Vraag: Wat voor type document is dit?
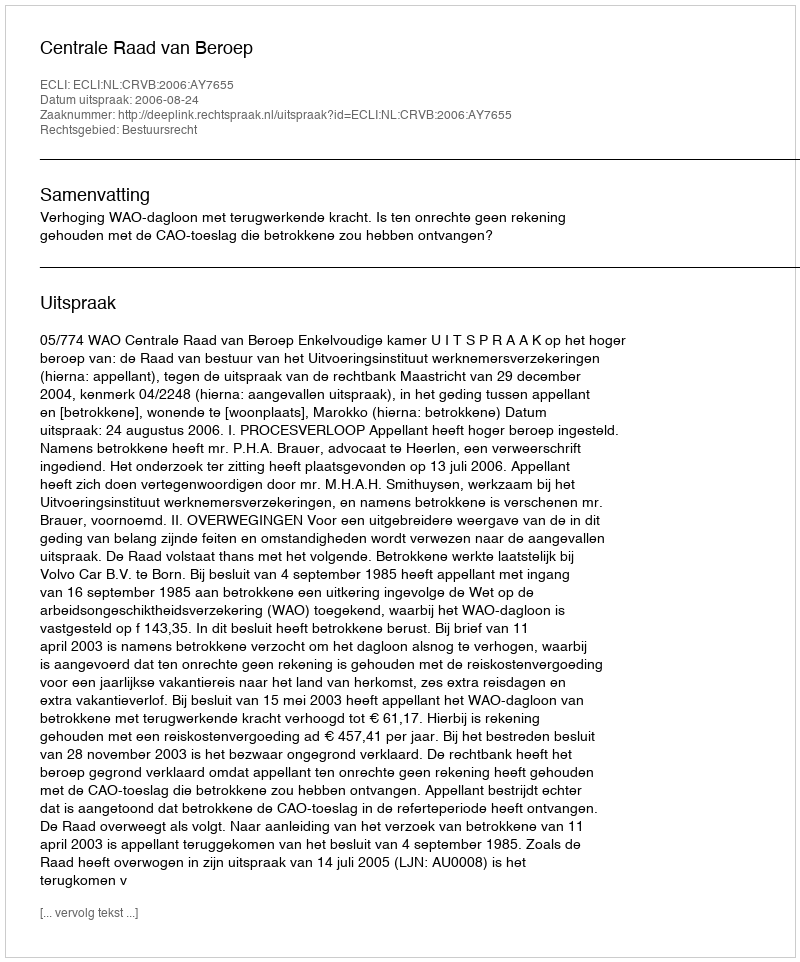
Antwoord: Uitspraak